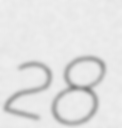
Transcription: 28